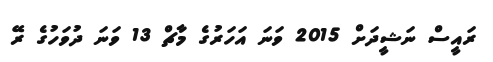
ރައީސް ނަޝީދަށް 2015 ވަނަ އަހަރުގެ މާޗް 13 ވަނަ ދުވަހުގެ ރޭ